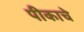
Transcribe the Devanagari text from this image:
पीकाचे